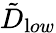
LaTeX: {\tilde{D}}_{{\textrm low}}